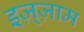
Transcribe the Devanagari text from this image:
इज़्ज़ाम